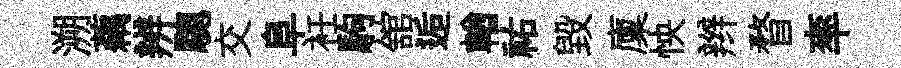
溯藕辨驄交阜衽駒舘逅輶祐毁廩怏辫瞀率